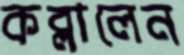
কব্‌লালেন